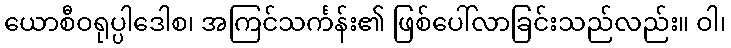
ယောစီဝရုပ္ပါဒေါစ၊ အကြင်သင်္ကန်း၏ ဖြစ်ပေါ်လာခြင်းသည်လည်း။ ဝါ၊